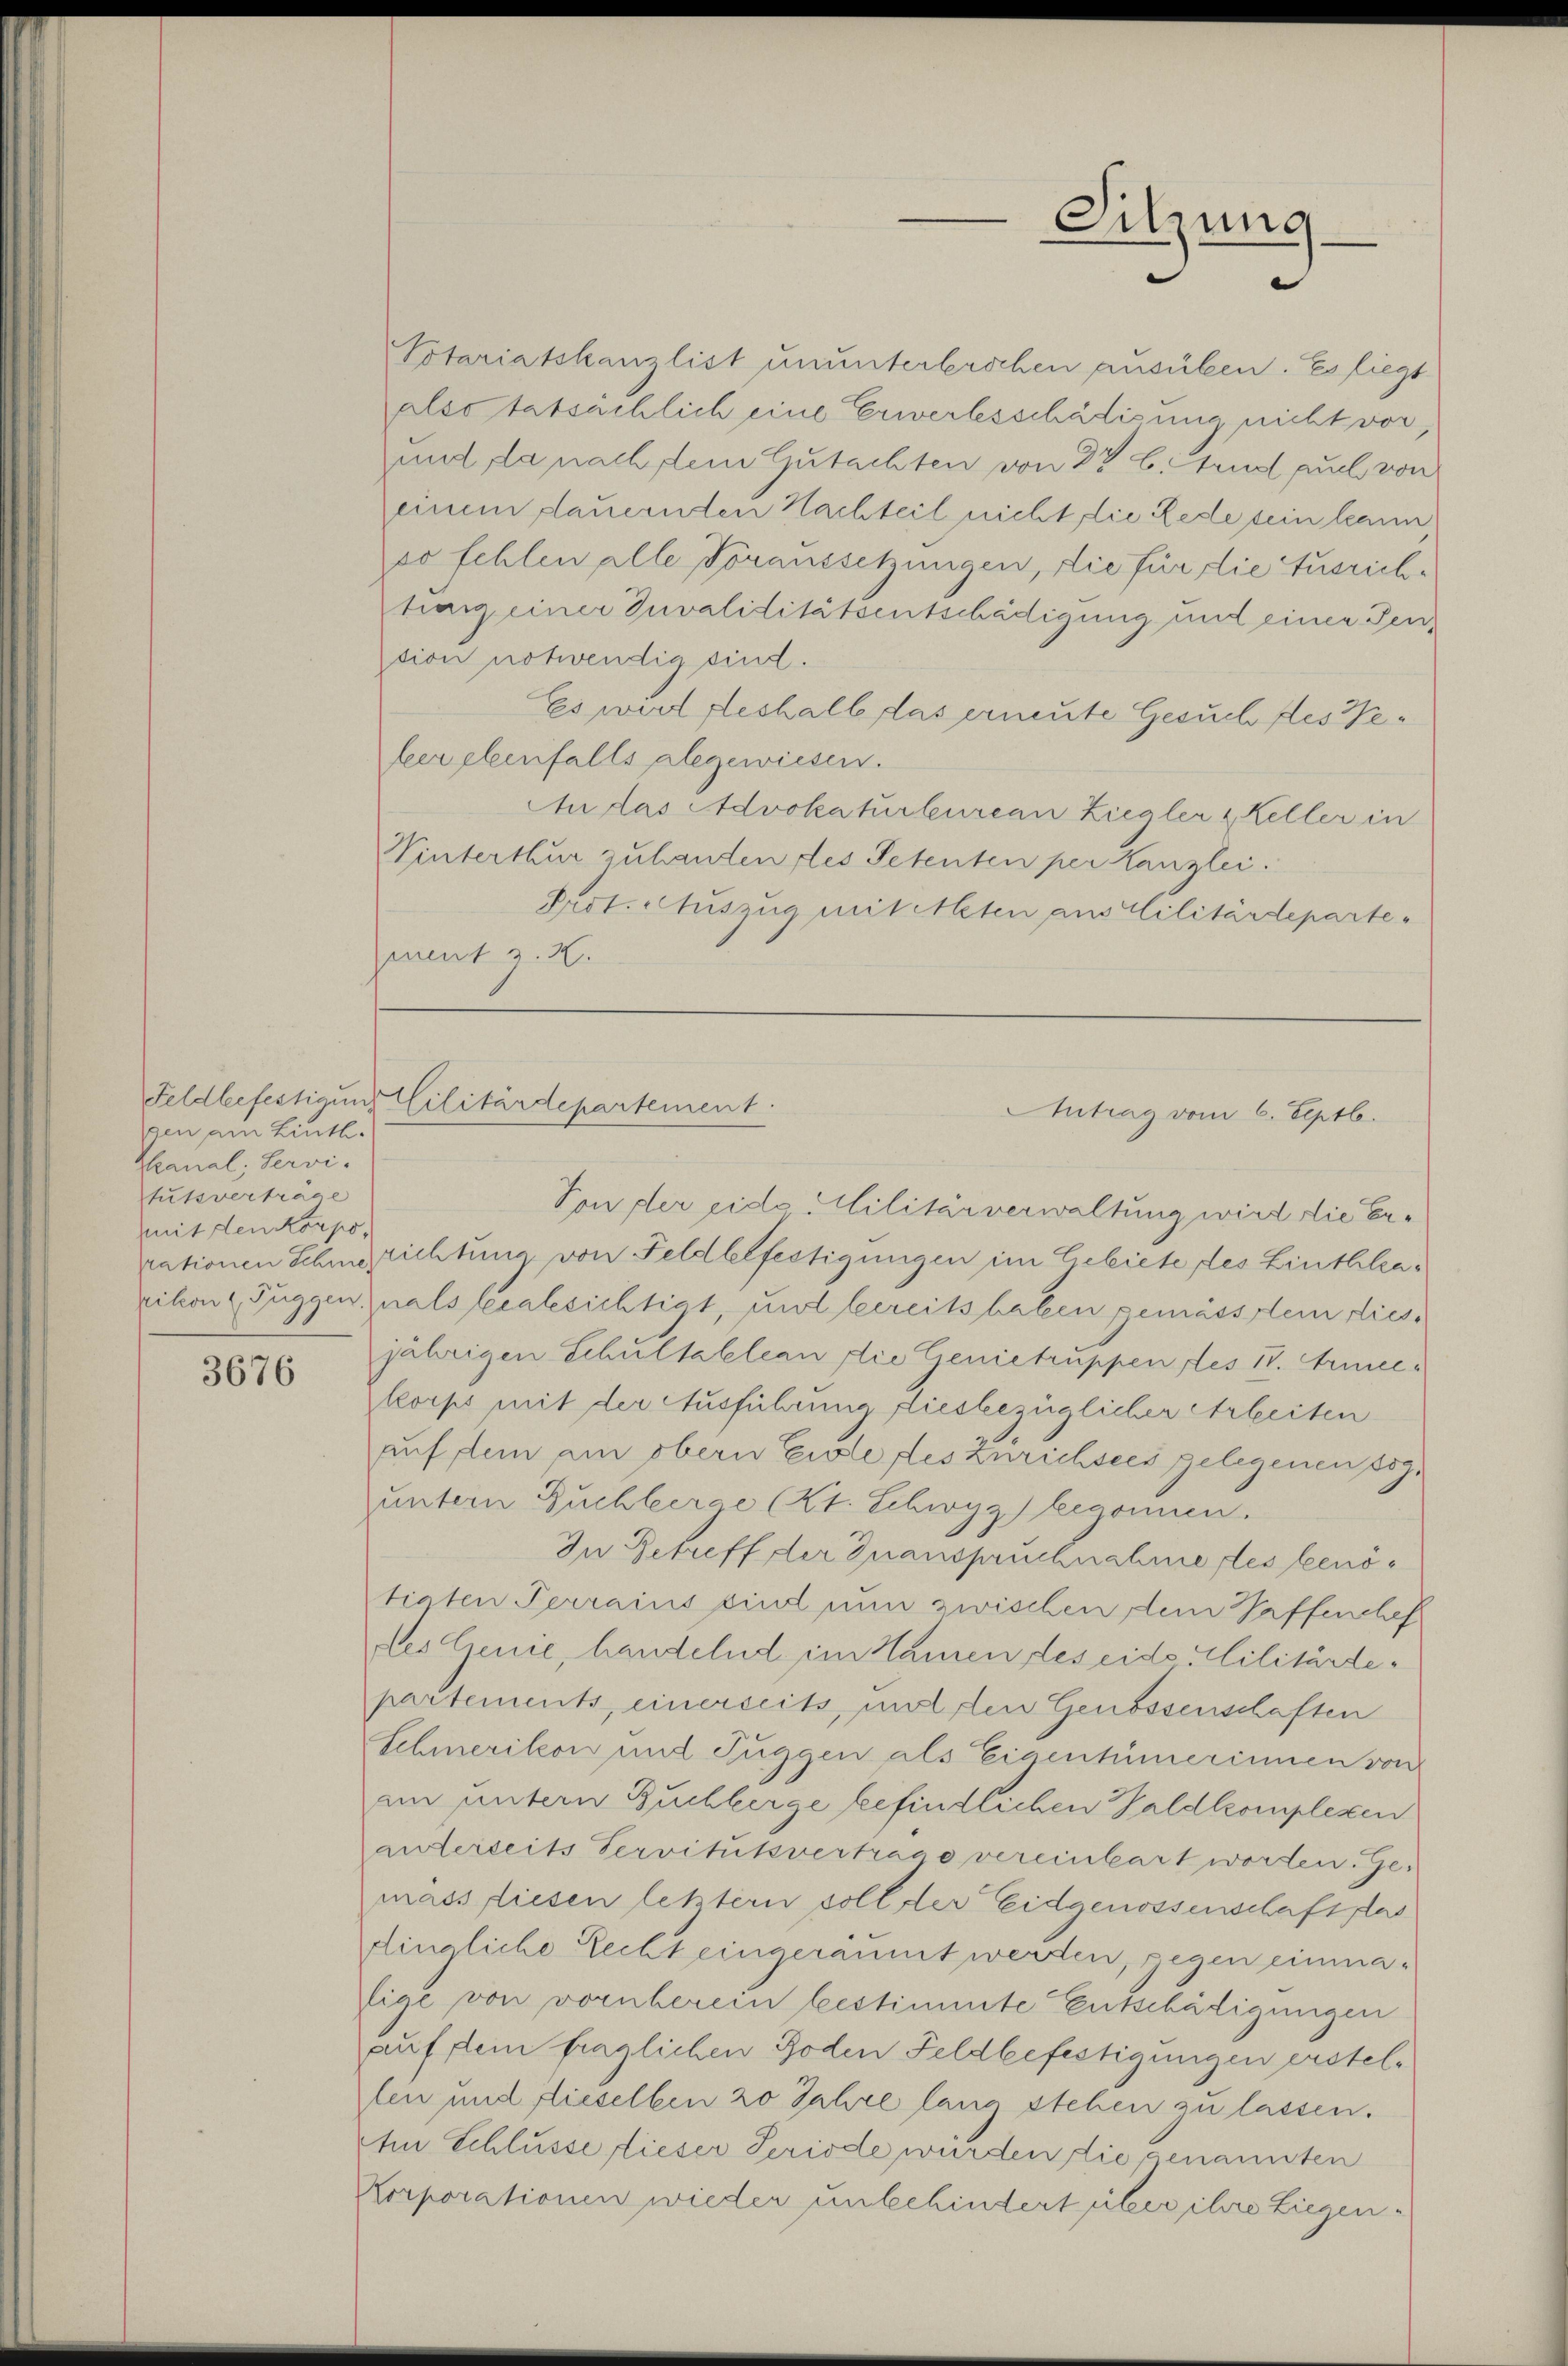
Feldbefestigung
gen am Linth.
Kanal, Servi-
tutsverträge
mit den Korpo-

3676

Votariatskanzlist ununterberschen ausüben. Es liegt
also tatsächlich eine Erwerbesschädigung nicht vor,
zund, da nach dem Gutachten von 87 b. sind auch von
einem dauernden Nachteil nicht die Lede sein kann
so fehlen alle Voraussetzungen, die für die Ausrichtrang einer Invaliditätsentschädigung und einer Fention notwendig sind.
Es wird deshalb das ermute Gesuch fles Weheer ebenfalls abgewiesen.
An das Advokaturbureau Ziegler & Keller in
Vinterthur zuhanden des Petenten per Kanzlei.
Prot. Auszug mitteten aus Militärdeparte-
ment z. B.

Cilitärdepartement.

Sitzung

Antrag vom 6. Septb.

Ton der eido Militärverwaltung wird die Errationen Schmerichtung von Feldbelfestigungen im Gebiete des Linthlrarikon 1 Fuggen, als lecalesichtigt, und bereits haben gemässstem diesjährigen Schultableau die Genietruppen des IV. Armeekorps mit der Ausführung diesbezüglicher Arbeiten
auf dem am obern Eile des Zürichsees gelegenen sog.
untern Buchleerge (Kt. Schwyz) begonnen.
In Betreff der Inanspruchnahme des benötiaten Terrains sind nun zwischen dem Waffenchef
des Genie, handelnd im Namen des eido Militärdepartements, einerseits, und den Genossenschaften
Schmerikon und Fuggen als Eigentümerinnen von
im untern Buchberge befindlichen Waldkomplesen
anterseits Servitutsvertrage vereinbart worten. Ge-
mäss diesen letzter soll der Eidgenossenschaftslas
dingliche Recht eingeräumt werden, gegen einmalige von vornherein bestimmte Entschädigungen
auf dem fraglichen Boden Feldbefestigungen erstellen und dieselben 20 Jahre lang stehen zu lassen.
An Schlüsse flieser Periode würden die genannten
Korporationen wieder unbehindert über ihre Liegen-